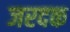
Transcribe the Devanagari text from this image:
जरदक